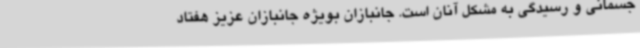
جسمانی و رسیدگی به مشکل آنان است. جانبازان بویژه جانبازان عزیز هفتاد